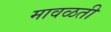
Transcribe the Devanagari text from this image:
मावळती